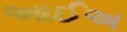
આઈઅ